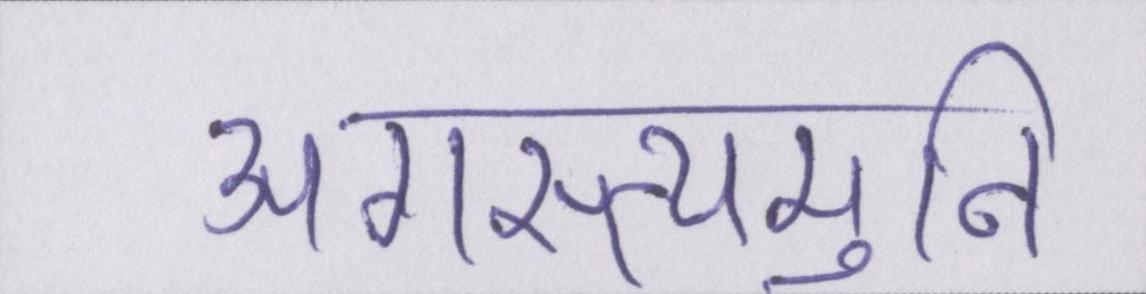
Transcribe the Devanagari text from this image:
अगस्त्यमुनि